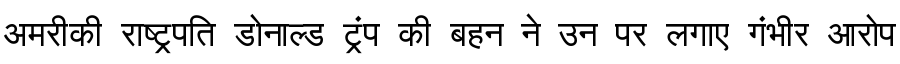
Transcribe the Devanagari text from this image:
अमरीकी राष्ट्रपति डोनाल्ड ट्रंप की बहन ने उन पर लगाए गंभीर आरोप